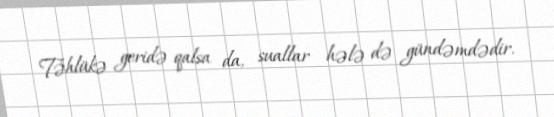
Təhlükə geridə qalsa da, suallar hələ də gündəmdədir.